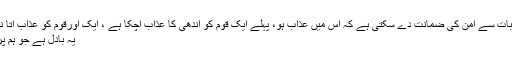
کون سی چیز مجھے اس بات سے امن کی ضمانت دے سکتی ہے کہ اس میں عذاب ہو، پہلے ایک قوم کو آندھی کا عذاب آچکا ہے ، ایک اورقوم کو عذاب آتا نظر آیا تو وہ کہنے لگے :
یہ بادل ہے جو ہم پر بارش برسانے والا ہے۔